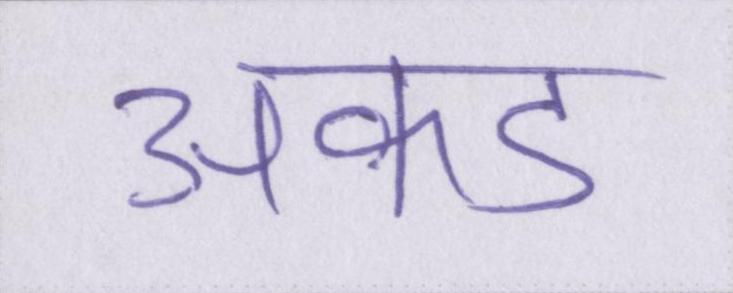
अकड